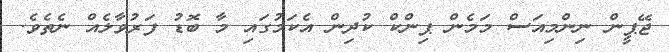
ޖޭޕީން ނިންމިއަސް މަމެން ޕިންކް ކުދިން އެކަމުގައި މާ ބޮޑު ފަރުވާލެއް ނެތެވެ.